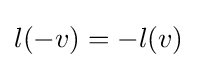
l(-v)=-l(v)